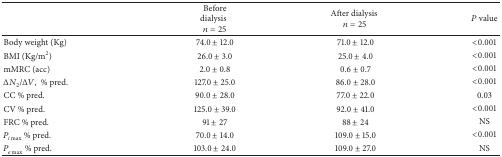
<table><thead><tr><td><b> </b></td><td><b>Before dialysis<i>n</i> = 25</b></td><td><b>After dialysis<i>n</i> = 25</b></td><td><b><i>P</i> value</b></td></tr></thead><tbody><tr><td>Body weight (Kg)</td><td>74.0 ± 12.0</td><td>71.0 ± 12.0</td><td> &lt;0.001</td></tr><tr><td>BMI (Kg/m<sup>2</sup>)</td><td>26.0 ± 3.0</td><td>25.0 ± 4.0</td><td> &lt;0.001</td></tr><tr><td>mMRC (acc)</td><td>2.0 ± 0.8</td><td>0.6 ± 0.7</td><td> &lt;0.001</td></tr><tr><td>Δ<i>N</i><sub>2</sub>/Δ<i>V</i>, % pred.</td><td>127.0 ± 25.0</td><td>86.0 ± 28.0</td><td>&lt;0.001</td></tr><tr><td>CC % pred.</td><td>90.0 ± 28.0</td><td>77.0 ± 22.0</td><td>0.03</td></tr><tr><td>CV % pred.</td><td>125.0 ± 39.0</td><td>92.0 ± 41.0</td><td>&lt;0.001</td></tr><tr><td>FRC % pred.</td><td>91 ± 27</td><td>88 ± 24</td><td>NS</td></tr><tr><td><i>P</i><sub><i>i</i>max⁡</sub> % pred.</td><td>70.0 ± 14.0</td><td>109.0 ± 15.0</td><td>&lt;0.001</td></tr><tr><td><i>P</i><sub><i>e</i>max⁡</sub> % pred.</td><td>103.0 ± 24.0</td><td>109.0 ± 27.0</td><td>NS</td></tr></tbody></table>